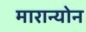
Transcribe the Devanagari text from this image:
मारान्योन